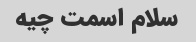
سلام اسمت چیه